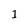
Character: 1